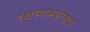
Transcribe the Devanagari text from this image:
त्याच्याकडूनसुद्धा